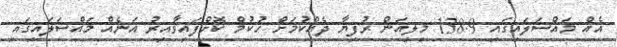
އެއް މައްސަލައިގައި 138.9 މިލިއަން ރުފިޔާ ދެއްކުމަށް ހުކުމް ކޮށްފައިވާއިރު އަނެއް މައްސަލައިގައި